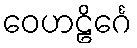
ဝေဟဠိင်္ဂေ